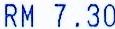
RM 7.30